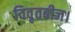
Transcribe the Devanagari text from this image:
विवृतबीज।